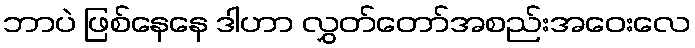
ဘာပဲ ဖြစ်နေနေ ဒါဟာ လွှတ်တော်အစည်းအဝေးလေ